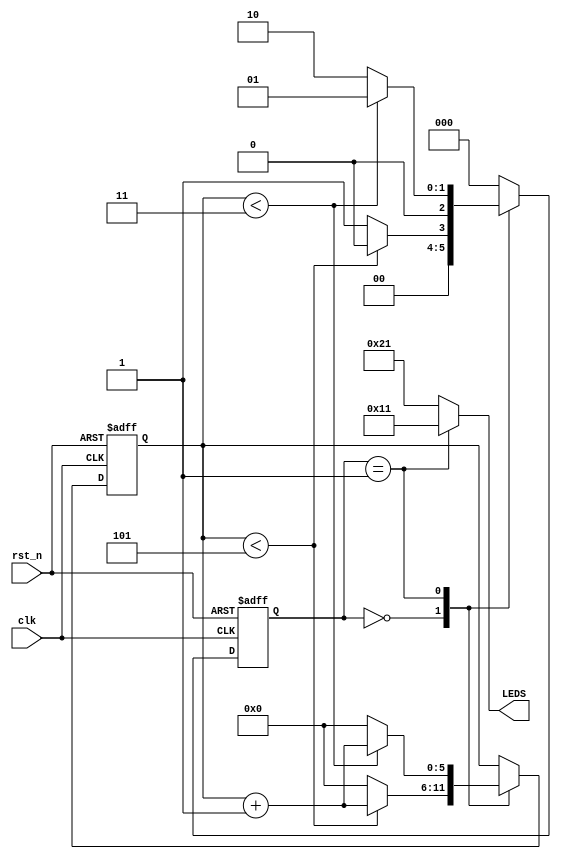
module fsm(clk, rst_n, LEDS);

parameter SEC0 = 5;
parameter SEC1 = 3;
parameter SEC2 = 3;
parameter SEC3 = 10;
parameter SEC4 = 3;
parameter SEC5 = 3;


input clk, rst_n;

output reg [5:0] LEDS;
reg[2:0] state, next_state;
reg [5:0] cnt;

localparam 	S0 = 000,
				S1 = 001,
				S2 = 010,
				S3 = 011,
				S4 = 100,
				S5 = 101;
always@(posedge clk or negedge rst_n)
			begin
				if(!rst_n)
					begin
						cnt <= 0;
						state <= S0;
					end
				else
					case(state)
						S0: if(cnt < SEC0)
								begin
									state <= S0;
									cnt <= cnt + 1;
								end
							else
								begin
									state <= S1;
									cnt <= 0 ;
								end
						S1: if(cnt < SEC1)
								begin
									state <= S1;
									cnt <= cnt + 1;
								end
							else
								begin
									state <= S2;
									cnt <= 0 ;
								end
						
						S2: if(cnt < SEC2)
								begin
									state <= S2;
									cnt <= cnt + 1;
								end
							else
								begin
									state <= S3;
									cnt <= 0 ;
								end
								
						S3: if(cnt < SEC3)
								begin
									state <= S3;
									cnt <= cnt + 1;
								end
							else
								begin
									state <= S4;
									cnt <= 0 ;
								end
						
					S4: if(cnt < SEC4)
								begin
									state <= S4;
									cnt <= cnt + 1;
								end
							else
								begin
									state <= S5;
									cnt <= 0 ;
								end
							
						S5: if(cnt < SEC0)
								begin
									state <= S5;
									cnt <= cnt + 1;
								end
							else
								begin
									state <= S0;
									cnt <= 0 ;
								end	
						default state <= S0;
				endcase
		end
always@*
			begin
				case(state)
					S0 : LEDS = 6'b100001;
							
					S1 : LEDS = 6'b010001;
							
					S2 :  LEDS = 6'b001001;
							
					S3 : LEDS = 6'b001100;
							
					S4 :  LEDS = 6'b001010;
							
					S5 :  LEDS = 6'b001001;
							
				default  LEDS = 6'b100001;
				
				endcase
			end
endmodule